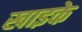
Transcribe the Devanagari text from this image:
खाइके